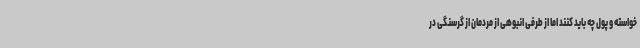
خواسته و پول چه باید کنند اما از طرفی انبوهی از مردمان از گرسنگی در